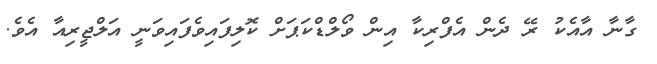
ގާނާ އާއެކު ރޭ ދެން އެފްރިކާ އިން ވޯލްޑްކަޕަށް ކޮލިފައިވެފައިވަނީ އަލްޖީރިއާ އެވެ.